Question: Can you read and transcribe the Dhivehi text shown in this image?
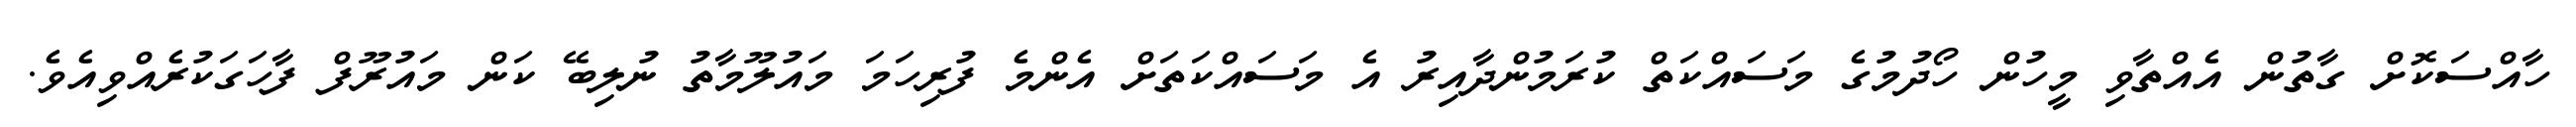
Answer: ހާއްސަކޮށް ގާތުން އެއްތާވި މީހުން ހޯދުމުގެ މަސައްކަތް ކުރަމުންދާއިރު އެ މަސައްކަތަށް އެންމެ ފުރިހަމަ މައުލޫމާތު ނުލިބޭ ކަން މައުރޫފް ފާހަގަކުރެއްވިއެވެ.